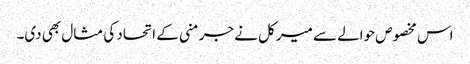
اس مخصوص حوالے سے میرکل نے جرمنی کے اتحاد کی مثال بھی دی۔